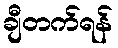
ချီတက်ရန်